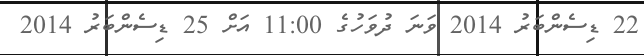
22 ޑިސެންބަރު 2014 ވަނަ ދުވަހުގެ 11:00 އަށް 25 ޑިސެންބަރު 2014